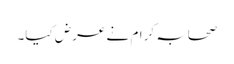
صحابہ کرام نے عرض کیا۔